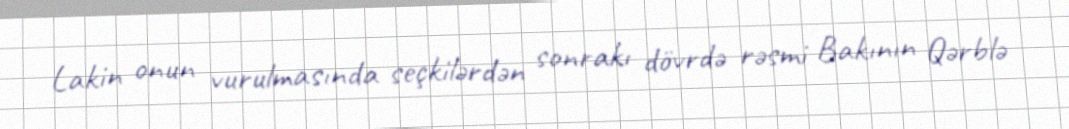
Lakin onun vurulmasında seçkilərdən sonrakı dövrdə rəsmi Bakının Qərblə